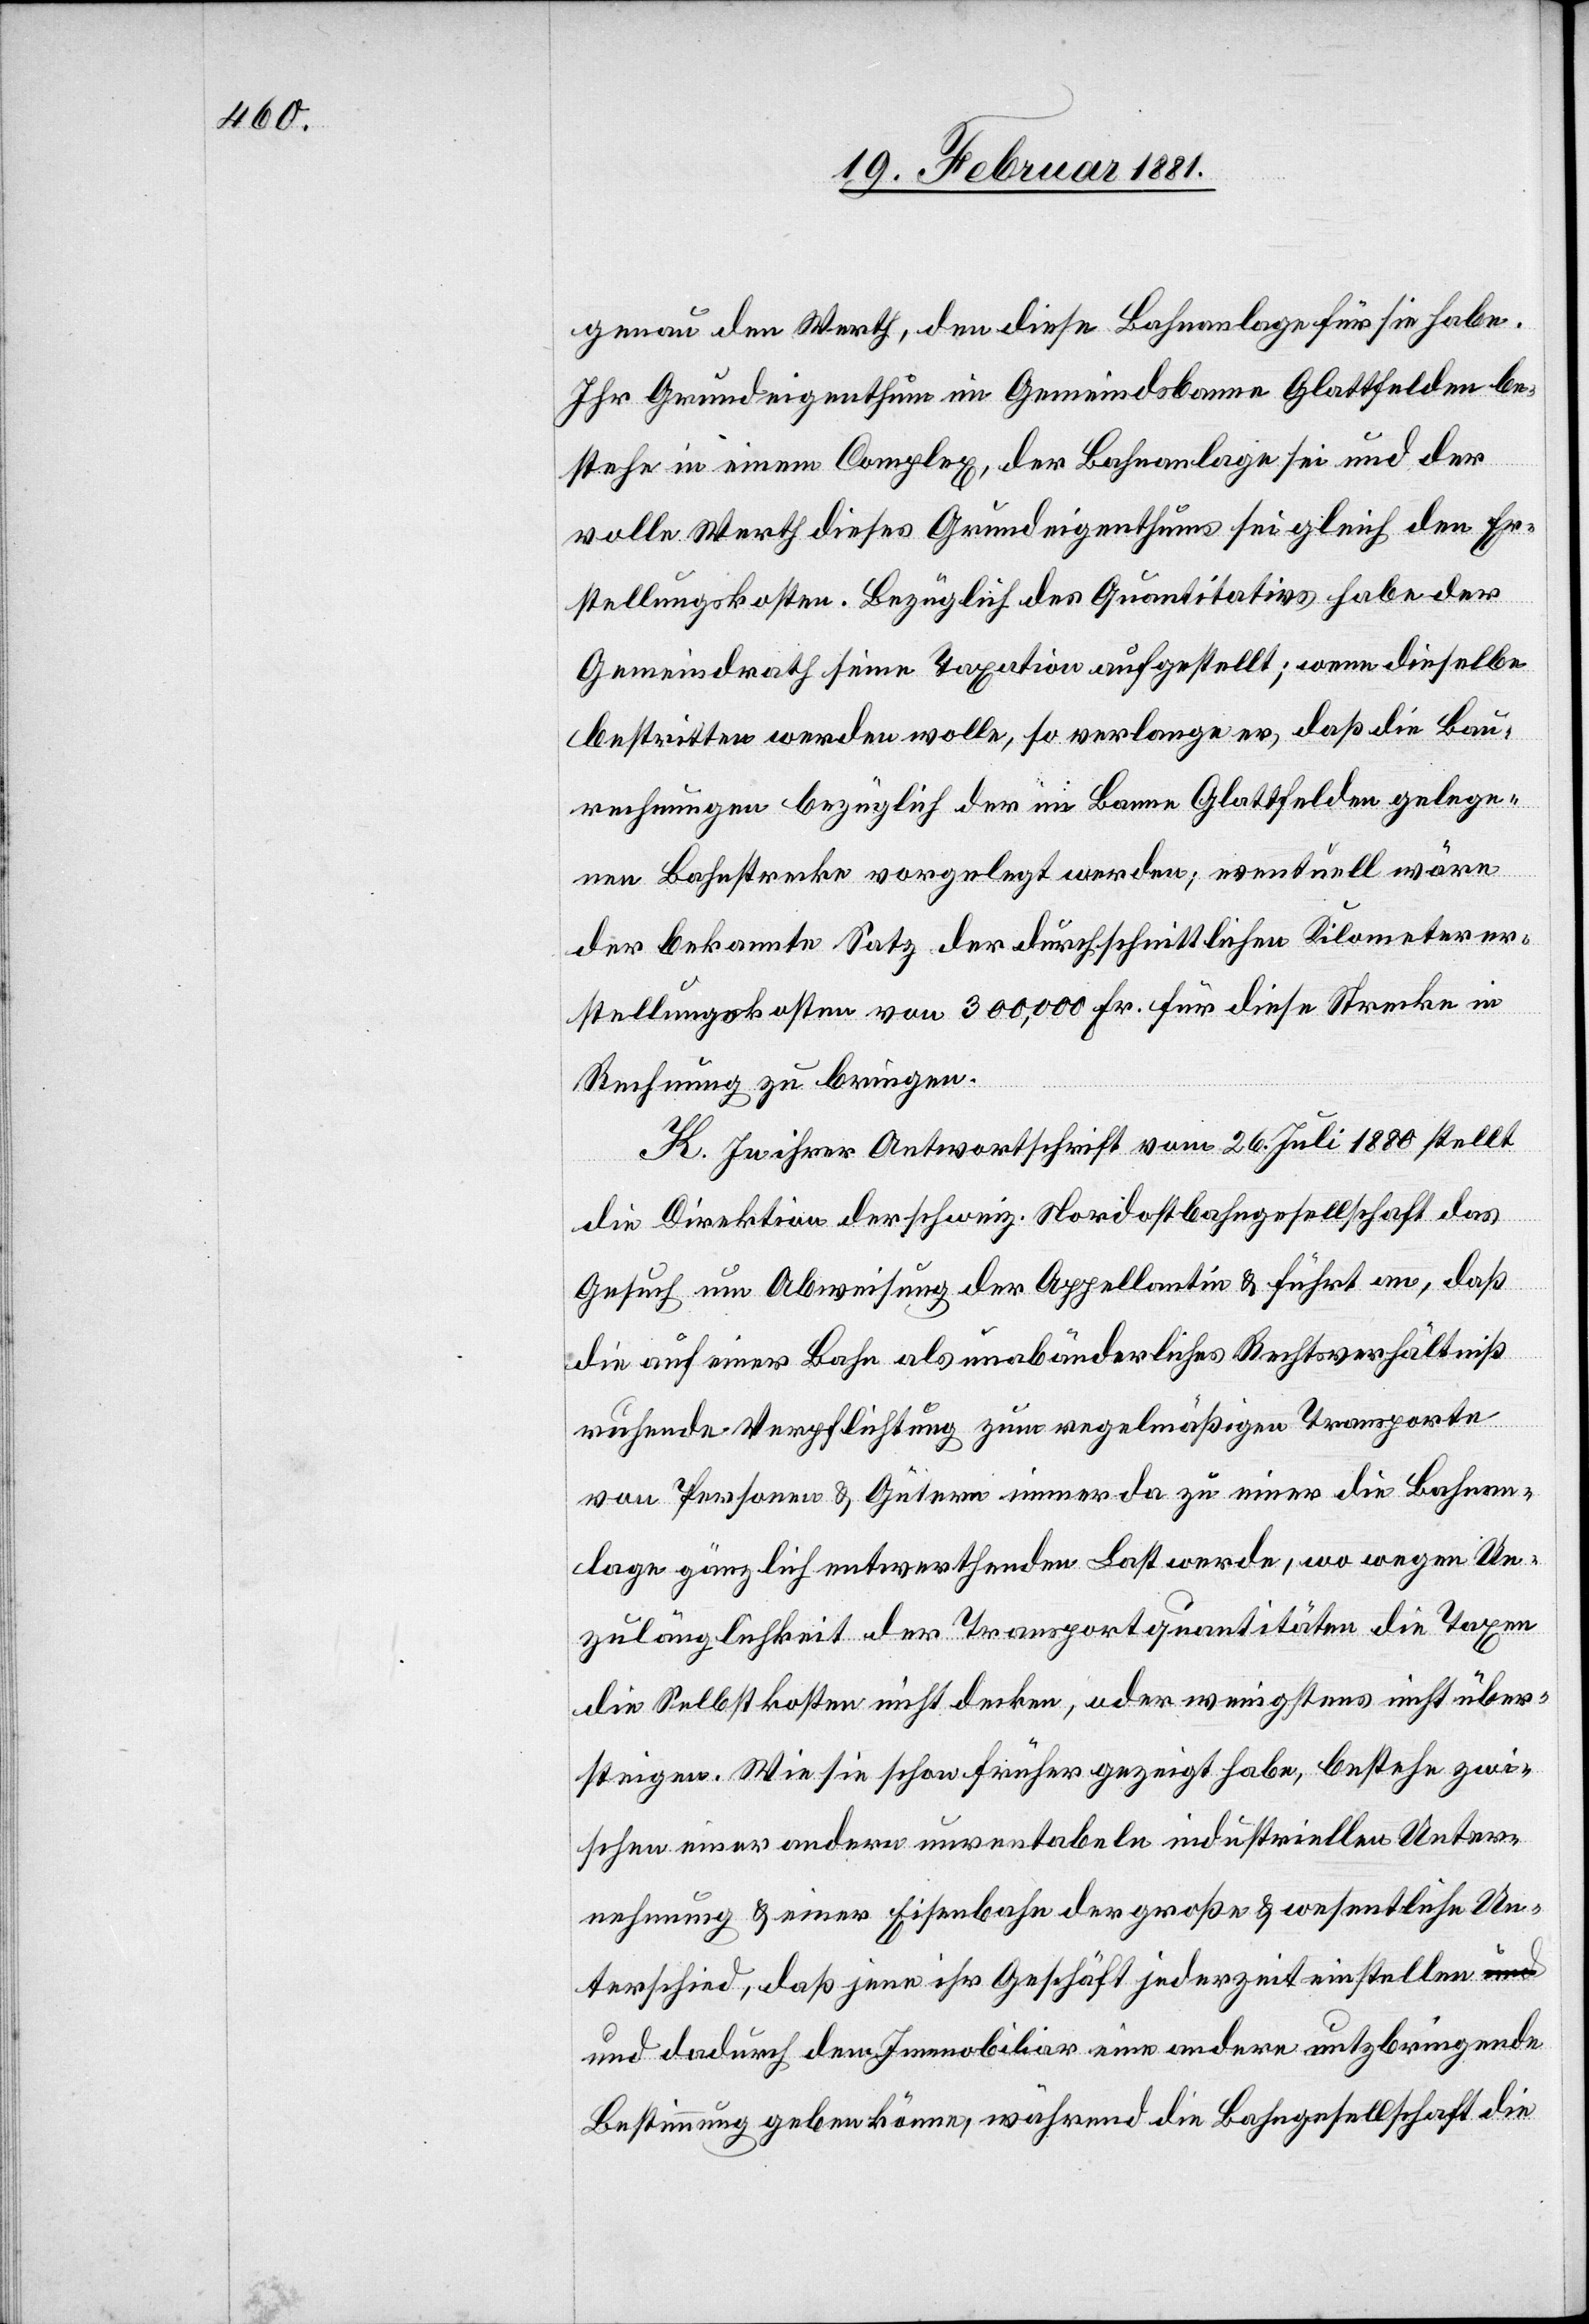
genau den Werth, den diese Bahnanlage für sie habe.
Ihr Grundeigenthum im Gemeindsbanne Glattfelden be¬
stehe in einem Complex, der Bahnanlage sei und der
volle Werth dieses Grundeigenthums sei gleich den Er¬
stellungskosten. [sic!] Bezüglich des Quantitativs habe der
Gemeindrath seine Taxation aufgestellt; wenn dieselbe
bestritten werden wolle, so verlange er, daß die Bau¬
rechnungen bezüglich der im Banne Glattfelden gelege¬
nen Bahnstrecke vorgelegt werden, eventuell wäre
der bekannte Satz der durchschnittlichen Kilometerer¬
stellungskosten von 300,000 Fr. für diese Strecke in
Rechnung zu bringen.
K. In ihrer Antwortschrift vom 26. Juli 1880 stellt
die Direktion der schweiz. Nordostbahngesellschaft das
Gesuch um Abweisung der Appellantin & führt an, daß
die auf einer Bahn als unabänderliches Rechtsverhältniß
ruhende Verpflichtung zur regelmäßigen Transporte
von Personen & Gütern immer da zu einer die Bahnan¬
lage gänzlich entwerthenden Last werde, wo wegen Un¬
zulänglichkeit der Transportquantitäten die Taxen
steigen. Wie sie schon früher gezeigt habe, bestehe zwi¬
schen einer andern unrentablen industriellen Unter¬
nehmung & einer Eisenbahn der große & wesentliche Un¬
terschied, daß jene ihr Geschäft jederzeit einstellen
und dadurch dem Immobiliar eine andere nutzbringende
Bestimmung geben könne, während die Bahngesellschaft die